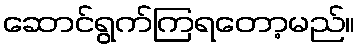
ဆောင်ရွက်ကြရတော့မည်။